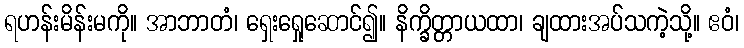
ရဟန်းမိန်းမကို။ အာဘာတံ၊ ရှေးရှေုဆောင်၍။ နိက္ခိတ္တာယထာ၊ ချထားအပ်သကဲ့သို့။ ဧဝံ၊